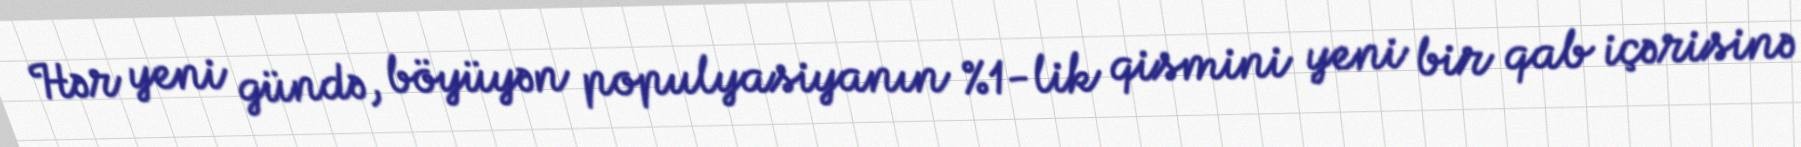
Hər yeni gündə, böyüyən populyasiyanın %1-lik qismini yeni bir qab içərisinə